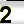
Digit: 2